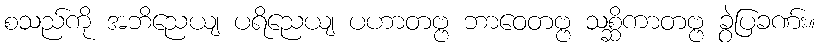
စသည်ကို အဘိညေယျ ပရိညေယျ ပဟာတဗ္ဗ ဘာဝေတဗ္ဗ သစ္ဆိကာတဗ္ဗ ခွဲပြခဏ်း။